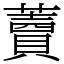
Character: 藚